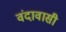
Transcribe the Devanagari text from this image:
वंदावासी